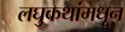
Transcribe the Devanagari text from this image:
लघुकथांमधून